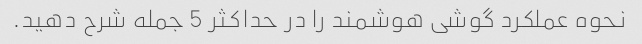
نحوه عملکرد گوشی هوشمند را در حداکثر 5 جمله شرح دهید.